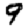
Digit: 9